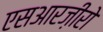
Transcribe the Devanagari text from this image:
एसआरज़ीरो